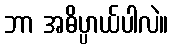
ဘာ အဓိပ္ပာယ်ပါလဲ။